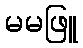
မမဖြူ